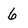
Character: 6